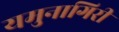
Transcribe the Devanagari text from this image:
यमुनागिरी